system: You are a helpful assistant.
user:
Analyze the provided spectrum to determine if it is a **M-type Giant (gM)**.

A M-type Giant spectrum is defined by its **strong molecular absorption** features, particularly from **Titanium Oxide (TiO)**. You must check for one of the following mutually exclusive signatures:

- **Key Visual Indicators (Absorption-Dominated Spectrum):**

    - **(Primary):** The spectrum is dominated by strong molecular absorption from **Titanium Oxide (TiO)**. This is the **defining feature** of its M-type temperature class.
        - **(Key Bandheads):** Look for sharp, "saw-tooth" absorption valleys. The strongest are located near **~7050 Å**, **~6160 Å**, and **~5170 Å**.
        - **(Line Profile):** The "saw-tooth" morphology is critical: a **sharp, steep drop on the BLUE (short-wavelength) side** of the bandhead, followed by a gradual recovery (rising flux) towards the RED (long-wavelength) side.

    - **(Key Confirmation - Giant vs. Dwarf):** **ABSENCE** of strong **Calcium Hydride (CaH)** molecular bands. This is the primary diagnostic for *excluding* M-dwarfs.
        - **(Key Region):** The spectrum should lack the strong, broad absorption band seen in dwarfs between **~6800 Å and ~7000 Å**.

    - **(Secondary Confirmation - Giant):** A very strong and broad **Neutral Calcium (Ca I)** atomic absorption line.
        - **(Key Line):** Located at **~4226 Å**. In a giant (gM), this line is significantly deeper and broader than the same line in an M-dwarf (dM) due to low surface gravity.

    - **(Overall Spectrum):**
        - The continuum is **extremely red-sloping** (i.e., flux is very low in the blue and rises dramatically towards the red).
        - The entire spectrum appears "chopped up" by the deep TiO bands.

Think first, call **spectral_visualization_tool** if needed to examine features in detail, then provide your final answer. Your response must adhere to the following strict rules:
1.  **Overall Structure:** Your response must follow the format `<think>...</think> <tool_call>...</tool_call> (if a tool is used) <answer>...</answer>`.
2.  **Tool Usage Constraint:** You may only make **one** tool call per turn.
3.  **Final Answer Format:** In the `<answer>` tag, your conclusion must be inside a `\boxed{}` command (e.g., `\boxed{YES}` or `\boxed{NO}`), followed by your justification.

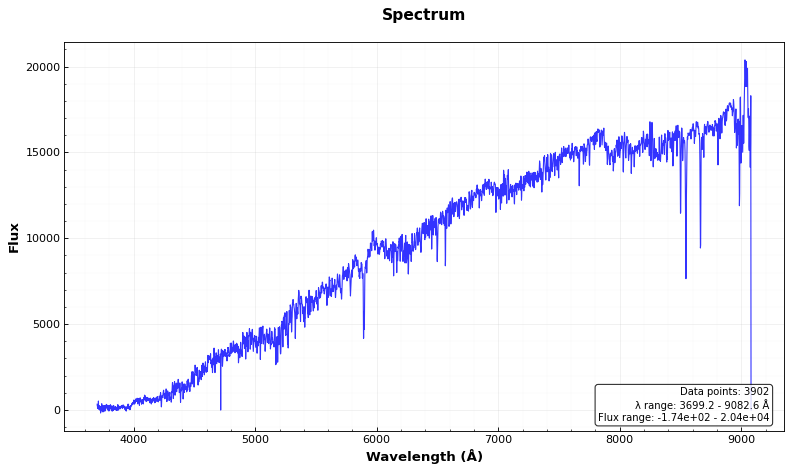
Answer: YES